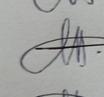
Signature authenticity: genuine